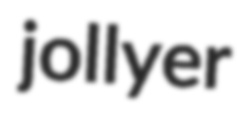
jollyer